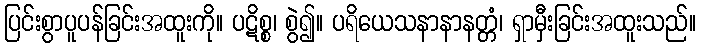
ပြင်းစွာပူပန်ခြင်းအထူးကို။ ပဋိစ္စ၊ စွဲ၍။ ပရိယေသနာနာနတ္တံ၊ ရှာမှီးခြင်းအထူးသည်။